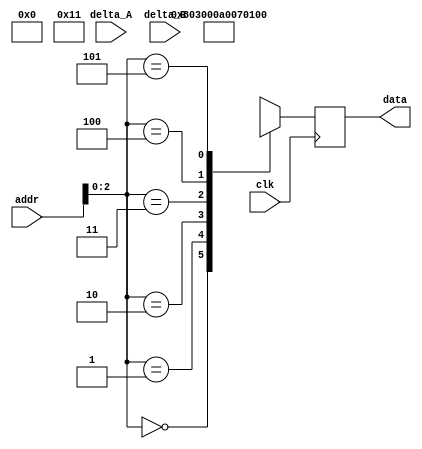
module message_rom (
    input clk,
    input [3:0] addr,
    input [7:0] delta_A,
    input [7:0] delta_B,
    output [23:0] data
  );
 
  reg [23:0] rom_data [5:0];
 
  // assign rom_data[0] = 24'b100000000011000000000000;//101000000000000000000011;
  // assign rom_data[1] = 24'b101000000000011100000001;
 
  reg [23:0] data_d, data_q;
 
  assign data = data_q;
 
  always @(*) begin

    rom_data[0] = 24'b100000000011000000000000; // SOFT_RESET;
    rom_data[1] = 24'b101000000000011100000001; // LDAC SETUP

  // reg [7:0] add = 8'b00010011;
    rom_data[2] = {8'b00000000, delta_A, 8'b00000000}; // CH A
    

    rom_data[3] = {8'b00010001, delta_B, 8'b00000000}; // CH D
    // rom_data[4] = {8'b00010001, add, 8'b00000000}; // CH B
    // rom_data[5] = {8'b00010010, add, 8'b00000000}; // CH C

    // if (addr > 4'd13)
      // data_d = " ";
    // else
      // add_
      data_d = rom_data[addr];
  end
 

  always @(posedge clk) begin
    data_q <= data_d;
  end
 
endmodule